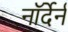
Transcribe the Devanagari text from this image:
नॉर्देर्न